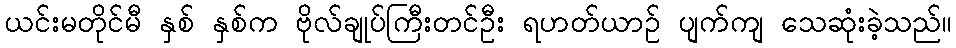
ယင်းမတိုင်မီ နှစ် နှစ်က ဗိုလ်ချုပ်ကြီးတင်ဦး ရဟတ်ယာဉ် ပျက်ကျ သေဆုံးခဲ့သည်။